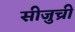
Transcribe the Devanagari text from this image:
सीजुच्री